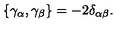
\{ \gamma _ { \alpha } , \gamma _ { \beta } \} = - 2 \delta _ { \alpha \beta } .